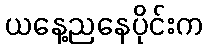
ယနေ့ညနေပိုင်းက